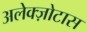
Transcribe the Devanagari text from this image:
अलेक्ज़ोटास